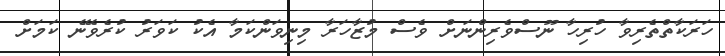
ހަރަކާތްތެރިވާ ހުރިހާ ނޫސްވެރިންނަށް ވެސް މުޒާހަރާ މިނިވަންކަމާ އެކު ކަވަރު ކުރެވޭނެ ކަމަށް